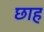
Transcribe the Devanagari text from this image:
छाह